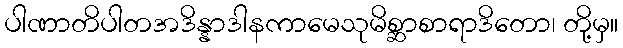
ပါဏာတိပါတအဒိန္နာဒါနကာမေသုမိစ္ဆာစာရာဒိတော၊ တို့မှ။